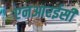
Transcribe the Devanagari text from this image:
एनआरईसी